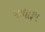
બાધારૂપ